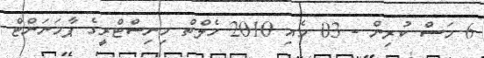
6 މަސް ކުރިން - 03 މެއި 2010 ހެލްތް މިނިސްޓްރީގެ ޕާމަނަންޓް